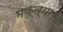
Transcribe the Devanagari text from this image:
भक्त्या।